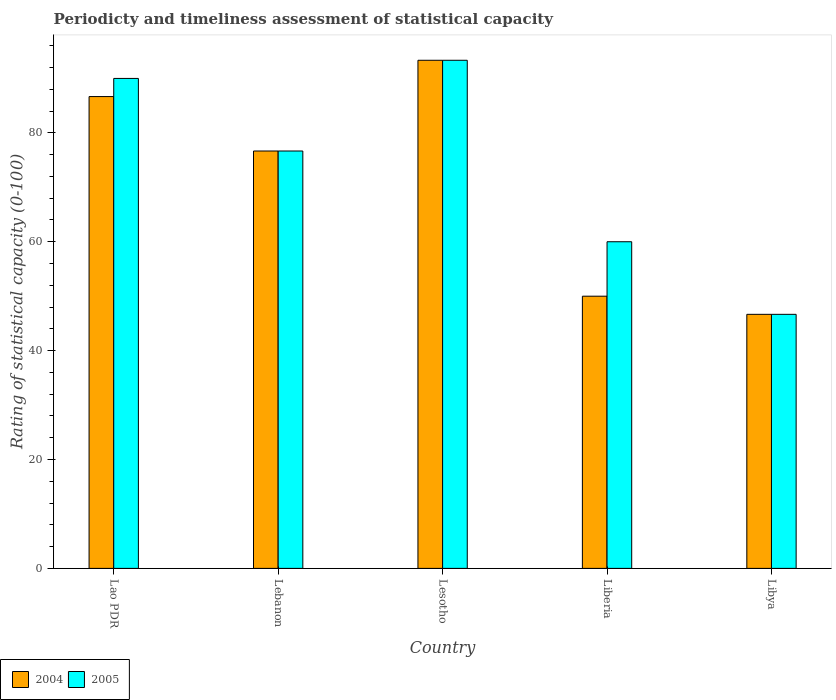
| Country | 2004 | 2005 |
 | --- | --- | --- |
 | Lao PDR | 86.7 | 90 |
 | Lebanon | 76.7 | 76.7 |
 | Lesotho | 93.3 | 93.3 |
 | Liberia | 50 | 60 |
 | Libya | 46.7 | 46.7 |